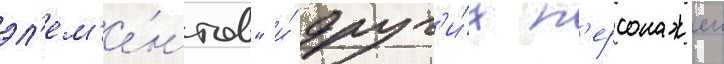
эл'ем'е́нтов" и́ друг'и́х п'ерсонажеи